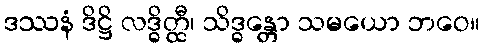
ဒဿနံ ဒိဋ္ဌိ လဒ္ဓိတ္ထီ၊ သိဒ္ဓန္တော သမယော ဘဝေ။